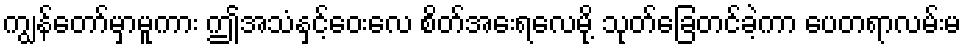
ကျွန်တော်မှာမူကား ဤအသံနှင့်ဝေးလေ စိတ်အေးရလေမို့ သုတ်ခြေတင်ခဲ့ကာ ပေတရာလမ်းမ